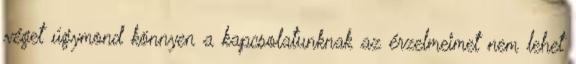
véget úgymond könnyen a kapcsolatunknak az érzelmeimet nem lehet